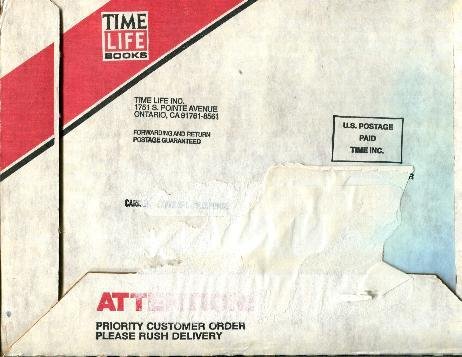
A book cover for Fortress Europe (The Third Reich); Time-Life Books; History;